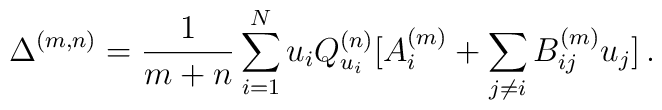
\Delta^{(m,n)} = \frac{1}{m+n}\sum_{i=1}^N u_i Q^{(n)}_{u_i}[A^{(m)}_{i} + \sum_{j \neq i} B^{(m)}_{ij} u_j]\,.